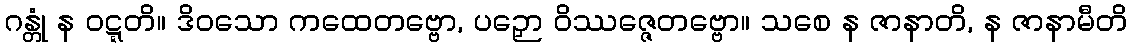
ဂန္တုံ န ဝဋ္ဋတိ။ ဒိဝသော ကထေတဗ္ဗော, ပဉှော ဝိဿဇ္ဇေတဗ္ဗော။ သစေ န ဇာနာတိ, န ဇာနာမီတိ